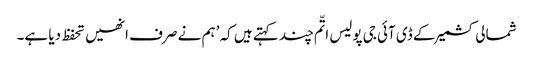
شمالی کشمیر کے ڈی آئی جی پولیس اتّم چند کہتے ہیں کہ ’ہم نے صرف انھیں تحفظ دیا ہے۔